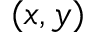
( x , y )